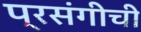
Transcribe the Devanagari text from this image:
प्रसंगीची